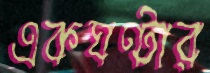
একঘণ্টার